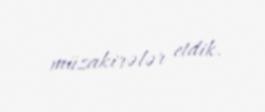
müzakirələr etdik.